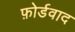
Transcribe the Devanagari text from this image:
फ़ोर्डवाद